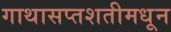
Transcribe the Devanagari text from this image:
गाथासप्तशतीमधून